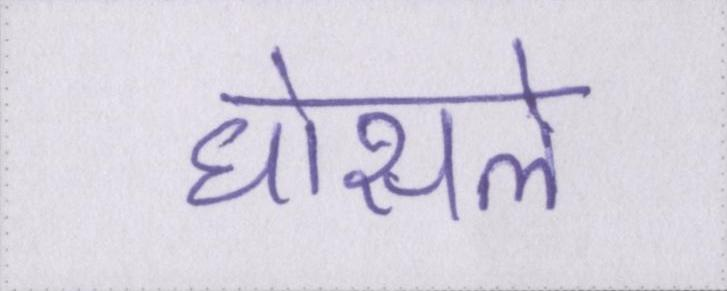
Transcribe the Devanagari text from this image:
घोसले